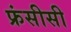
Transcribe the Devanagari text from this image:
फ्रंसीसी